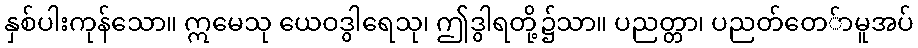
နှစ်ပါးကုန်သော။ ဣမေသု ယေဝဒွါရေသု၊ ဤဒွါရတို့၌သာ။ ပညတ္တာ၊ ပညတ်တေ်ာမူအပ်